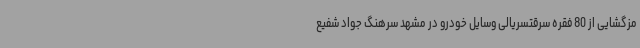
مزگشایی از 80 فقره سرقتسریالی وسایل خودرو در مشهد سرهنگ جواد شفیع